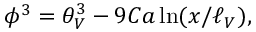
\phi ^ { 3 } = \theta _ { V } ^ { 3 } - 9 C a \ln ( { x } / { \ell _ { V } } ) ,